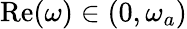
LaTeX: \operatorname{Re}(\omega)\in(0,\omega_{a})